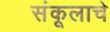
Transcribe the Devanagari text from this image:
संकूलाचे